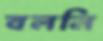
বলনি